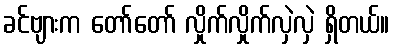
ခင်ဗျားက တော်တော် လှိုက်လှိုက်လှဲလှဲ ရှိတယ်။